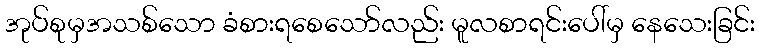
အုပ်စုမှအသစ်သော ခံစားရစေသော်လည်း မူလစာရင်းပေါ်မှ နေသေးခြင်း